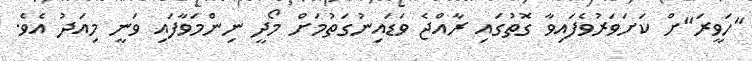
"ހަވީރަ"ށް ކަށަވަރުވެފައިވާ ގޮތުގައި ރާއްޖެ ވަޑައިނުގަތުމަށް މޯދީ ނިންމަވާފައި ވަނީ މިއަދު އެވެ.